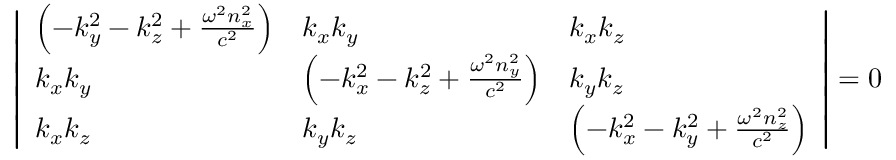
{ \left| \begin{array} { l l l } { \left( - k _ { y } ^ { 2 } - k _ { z } ^ { 2 } + { \frac { \omega ^ { 2 } n _ { x } ^ { 2 } } { c ^ { 2 } } } \right) } & { k _ { x } k _ { y } } & { k _ { x } k _ { z } } \\ { k _ { x } k _ { y } } & { \left( - k _ { x } ^ { 2 } - k _ { z } ^ { 2 } + { \frac { \omega ^ { 2 } n _ { y } ^ { 2 } } { c ^ { 2 } } } \right) } & { k _ { y } k _ { z } } \\ { k _ { x } k _ { z } } & { k _ { y } k _ { z } } & { \left( - k _ { x } ^ { 2 } - k _ { y } ^ { 2 } + { \frac { \omega ^ { 2 } n _ { z } ^ { 2 } } { c ^ { 2 } } } \right) } \end{array} \right| } = 0